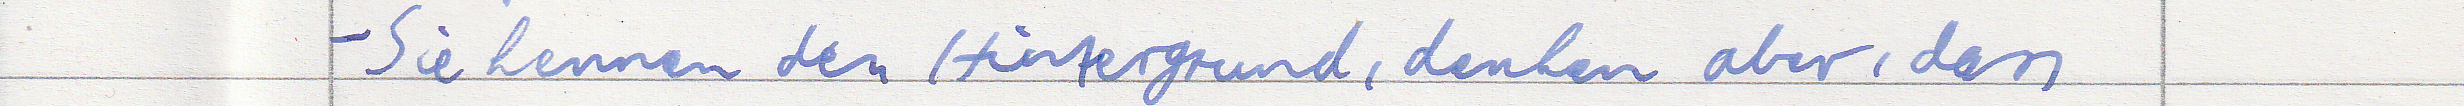
- Sie kennen den Hintergrund, denken aber, dass